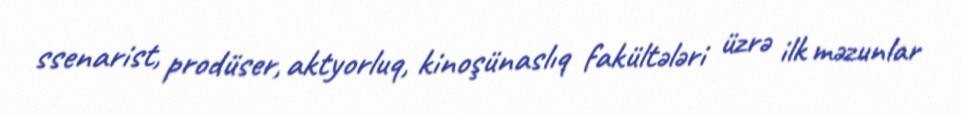
ssenarist, prodüser, aktyorluq, kinoşünaslıq fakültələri üzrə ilk məzunlar